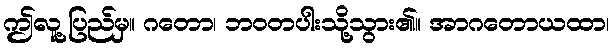
ဤလူ့ပြည်မှ။ ဂတော၊ ဘဝတပါးသို့သွား၏။ အာဂတောယထာ၊